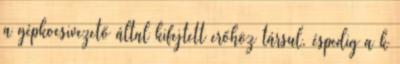
a gépkocsivezető által kifejtett erőhöz társul, éspedig a k